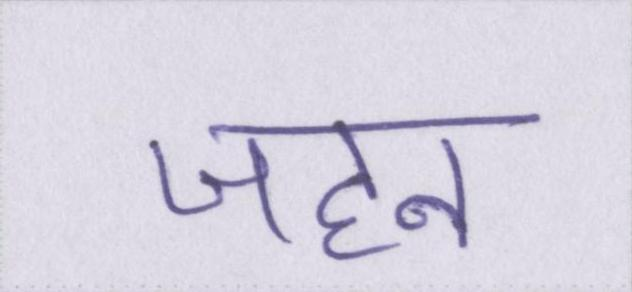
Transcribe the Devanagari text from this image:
जहन